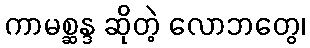
ကာမစ္ဆန္ဒ ဆိုတဲ့ လောဘတွေ၊